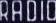
RADIO